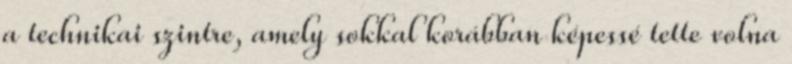
a technikai szintre, amely sokkal korábban képessé tette volna